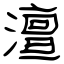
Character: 澶